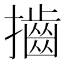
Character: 𢸡